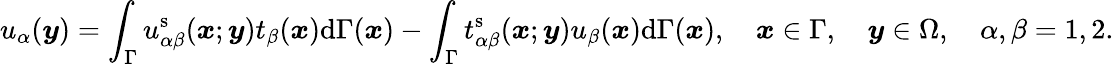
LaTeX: u_{\alpha}(\boldsymbol{y})=\int_{\Gamma}u_{\alpha\beta}^{\mathrm{s}}(\boldsymbol{x};\boldsymbol{y})t_{\beta}(\boldsymbol{x})\mathrm{d}\Gamma(\boldsymbol{x})-\int_{\Gamma}t_{\alpha\beta}^{\mathrm{s}}(\boldsymbol{x};\boldsymbol{y})u_{\beta}(\boldsymbol{x})\mathrm{d}\Gamma(\boldsymbol{x}),\quad\boldsymbol{x}\in\Gamma,\quad\boldsymbol{y}\in\Omega,\quad\alpha,\beta=1,2.